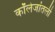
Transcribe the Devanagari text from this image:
कॉलेजांतली